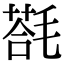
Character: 𣯈